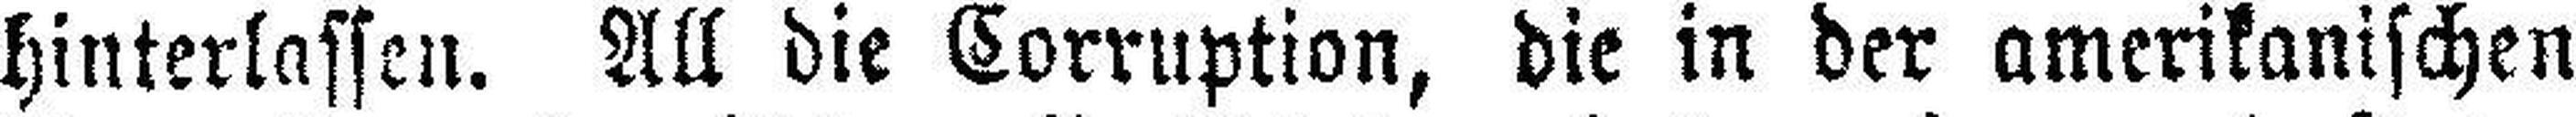
hinterlassen. All die Corruption, die in der amerikanischen